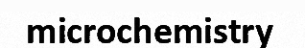
microchemistry